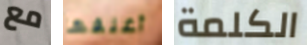
مع أغلقها الكلمة